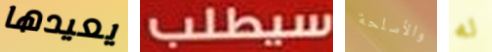
يعيدها سيطلب والأسلحة له